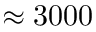
\approx 3 0 0 0